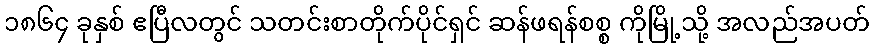
၁၈၆၄ ခုနှစ် ဧပြီလတွင် သတင်းစာတိုက်ပိုင်ရှင် ဆန်ဖရန်စစ္စ ကိုမြို့သို့ အလည်အပတ်